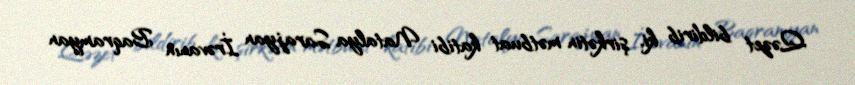
Qəzet bildirib ki, şirkətin mətbuat katibi Natalya Sarajyan İrəvanın Baqramyan